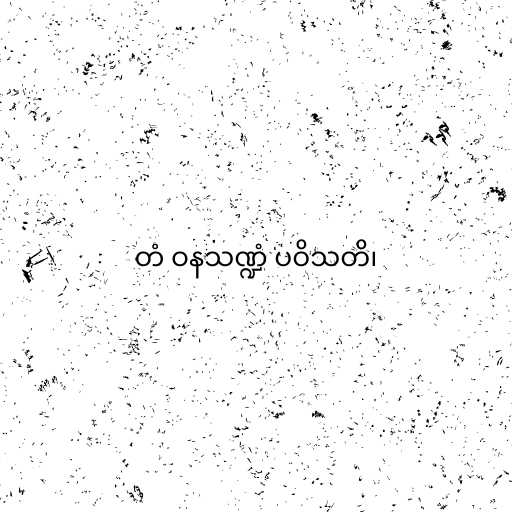
တံ ဝနသဏ္ဍံ ပဝိသတိ၊